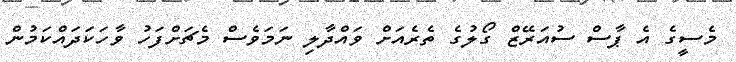
މެސީގެ އެ ޕާސް ސުއަރޭޒް ގޯލުގެ ތެރެއަށް ވައްދާލި ނަމަވެސް މެޗަށްފަހު ވާހަކަދައްކަމުން